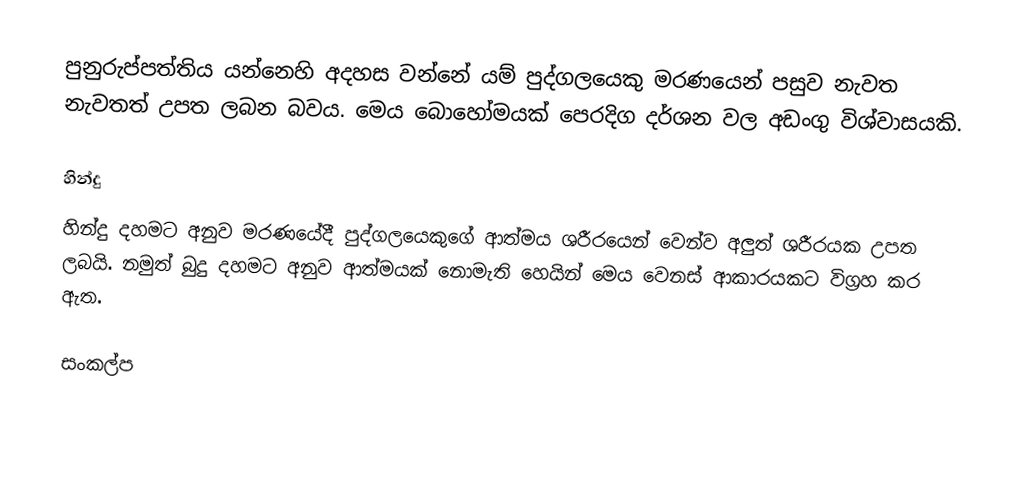
පුනුරුප්පත්තිය යන්නෙහි අදහස වන්නේ යම් පුද්ගලයෙකු මරණයෙන් පසුව නැවත නැවතත් උපත ලබන බවය. මෙය බොහෝමයක් පෙරදිග දර්ශන වල අඩංගු විශ්වාසයකි.

හින්දු
හින්දු දහමට අනුව මරණයේදී පුද්ගලයෙකුගේ ආත්මය ශරීරයෙන් වෙන්ව අලුත් ශරීරයක උපත ලබයි. නමුත් බුදු දහමට අනුව ආත්මයක් නොමැති හෙයින් මෙය වෙනස් ආකාරයකට විග්‍රහ කර ඇත.

සංකල්ප